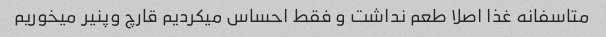
متاسفانه غذا اصلا طعم نداشت و فقط احساس میکردیم قارچ وپنیر میخوریم